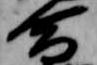
命